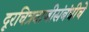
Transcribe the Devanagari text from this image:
दूरचित्रवाणीसंबंधीचे